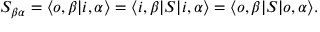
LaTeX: S _ { \beta \alpha } = \langle o , \beta | i , \alpha \rangle = \langle i , \beta | S | i , \alpha \rangle = \langle o , \beta | S | o , \alpha \rangle .